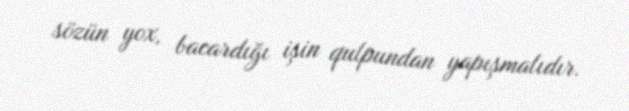
sözün yox, bacardığı işin qulpundan yapışmalıdır.